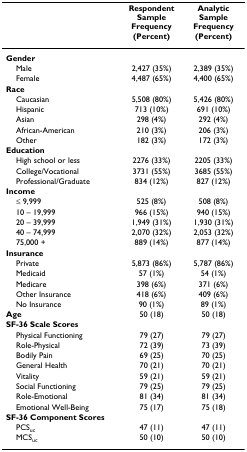
<table><thead><tr><td></td><td><b>Respondent SampleFrequency (Percent)</b></td><td><b>Analytic SampleFrequency (Percent)</b></td></tr></thead><tbody><tr><td><b>Gender</b></td><td></td><td></td></tr><tr><td> Male</td><td>2,427 (35%)</td><td>2,389 (35%)</td></tr><tr><td> Female</td><td>4,487 (65%)</td><td>4,400 (65%)</td></tr><tr><td><b>Race</b></td><td></td><td></td></tr><tr><td> Caucasian</td><td>5,508 (80%)</td><td>5,426 (80%)</td></tr><tr><td> Hispanic</td><td>713 (10%)</td><td>691 (10%)</td></tr><tr><td> Asian</td><td>298 (4%)</td><td>292 (4%)</td></tr><tr><td> African-American</td><td>210 (3%)</td><td>206 (3%)</td></tr><tr><td> Other</td><td>182 (3%)</td><td>172 (3%)</td></tr><tr><td><b>Education</b></td><td></td><td></td></tr><tr><td> High school or less</td><td>2276 (33%)</td><td>2205 (33%)</td></tr><tr><td> College/Vocational</td><td>3731 (55%)</td><td>3685 (55%)</td></tr><tr><td> Professional/Graduate</td><td>834 (12%)</td><td>827 (12%)</td></tr><tr><td><b>Income</b></td><td></td><td></td></tr><tr><td> ≤ 9,999</td><td>525 (8%)</td><td>508 (8%)</td></tr><tr><td> 10 – 19,999</td><td>966 (15%)</td><td>940 (15%)</td></tr><tr><td> 20 – 39,999</td><td>1,949 (31%)</td><td>1,930 (31%)</td></tr><tr><td> 40 – 74,999</td><td>2,070 (32%)</td><td>2,053 (32%)</td></tr><tr><td> 75,000 +</td><td>889 (14%)</td><td>877 (14%)</td></tr><tr><td><b>Insurance</b></td><td></td><td></td></tr><tr><td> Private</td><td>5,873 (86%)</td><td>5,787 (86%)</td></tr><tr><td> Medicaid</td><td>57 (1%)</td><td>54 (1%)</td></tr><tr><td> Medicare</td><td>398 (6%)</td><td>371 (6%)</td></tr><tr><td> Other Insurance</td><td>418 (6%)</td><td>409 (6%)</td></tr><tr><td> No Insurance</td><td>90 (1%)</td><td>89 (1%)</td></tr><tr><td><b>Age</b></td><td>50 (18)</td><td>50 (18)</td></tr><tr><td><b>SF-36 Scale Scores</b></td><td></td><td></td></tr><tr><td> Physical Functioning</td><td>79 (27)</td><td>79 (27)</td></tr><tr><td> Role-Physical</td><td>72 (39)</td><td>73 (39)</td></tr><tr><td> Bodily Pain</td><td>69 (25)</td><td>70 (25)</td></tr><tr><td> General Health</td><td>70 (21)</td><td>70 (21)</td></tr><tr><td> Vitality</td><td>59 (21)</td><td>59 (21)</td></tr><tr><td> Social Functioning</td><td>79 (25)</td><td>79 (25)</td></tr><tr><td> Role-Emotional</td><td>81 (34)</td><td>81 (34)</td></tr><tr><td> Emotional Well-Being</td><td>75 (17)</td><td>75 (18)</td></tr><tr><td><b>SF-36 Component Scores</b></td><td></td><td></td></tr><tr><td> PCS<sub>uc</sub></td><td>47 (11)</td><td>47 (11)</td></tr><tr><td> MCS<sub>uc</sub></td><td>50 (10)</td><td>50 (10)</td></tr></tbody></table>